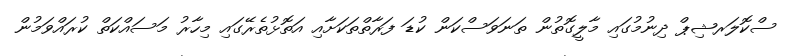
ސްކޮލަރޝިޕް ދިނުމުގައި މާލީގޮތުން ތަނަވަސްކަން ކުޑަ ފަރާތްތަކަށާއި އަތޮޅުތެރޭގައި މިހާރު މަސައްކަތް ކުރައްވަމުން